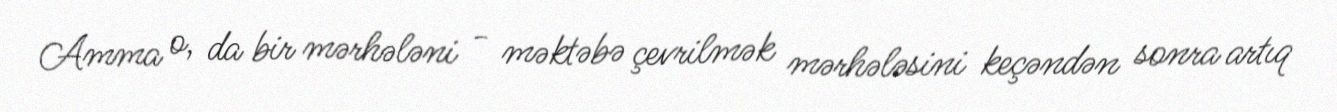
Amma o, da bir mərhələni - məktəbə çevrilmək mərhələsini keçəndən sonra artıq